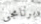
برنامجي